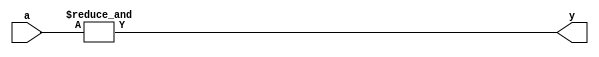


module and8(
	a,
	y
);

	input wire [7:0] a;
	output wire y;

	assign y = &a;

endmodule